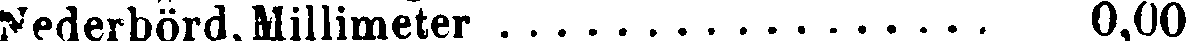
Nederbörd, Millimeter 0,00